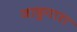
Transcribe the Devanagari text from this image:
जादुगारा